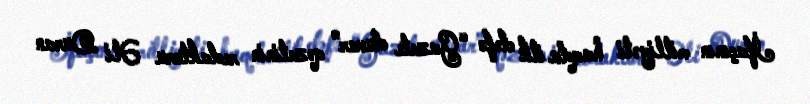
İfaçının milliyəti haqda ilk dəfə “Gazete duvar” qəzetinin redaktoru Əli Duran